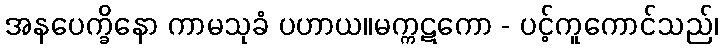
အနပေက္ခိနော ကာမသုခံ ပဟာယ။မက္ကဋကော - ပင့်ကူကောင်သည်၊